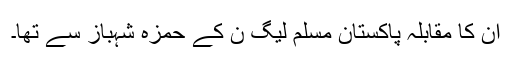
ان کا مقابلہ پاکستان مسلم لیگ ن کے حمزہ شہباز سے تھا۔